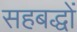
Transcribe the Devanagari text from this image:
सहबद्धों